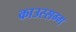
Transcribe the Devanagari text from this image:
काउस्सग्ग